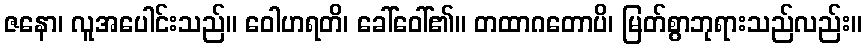
ဇနော၊ လူအပေါင်းသည်။ ဝေါဟရတိ၊ ခေါ်ဝေါ်၏။ တထာဂတောပိ၊ မြတ်စွာဘုရားသည်လည်း။